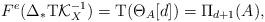
LaTeX: \begin{align*}F^e(\Delta_* \mathrm{T} \mathcal{K}_X^{-1})=\mathrm{T}(\Theta_A[d])=\Pi_{d+1}(A),\end{align*}